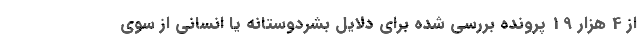
از 4 هزار 19 پرونده بررسی شده برای دلایل بشردوستانه یا انسانی از سوی